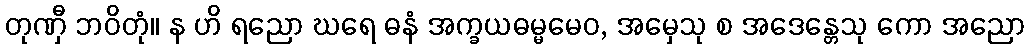
တုဏှီ ဘဝိတုံ။ န ဟိ ရညော ဃရေ ဓနံ အက္ခယဓမ္မမေဝ, အမှေသု စ အဒေန္တေသု ကော အညော